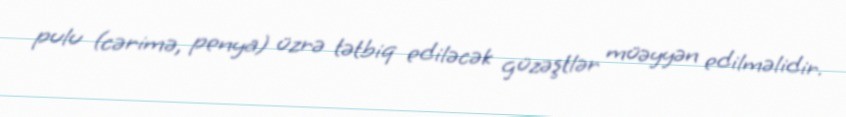
pulu (cərimə, penya) üzrə tətbiq ediləcək güzəştlər müəyyən edilməlidir.